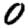
Digit: 0